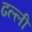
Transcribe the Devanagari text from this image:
ढल्ली